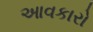
આવકારો